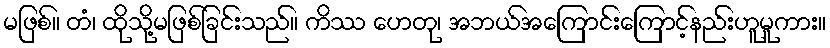
မဖြစ်။ တံ၊ ထိုသို့မဖြစ်ခြင်းသည်။ ကိဿ ဟေတု၊ အဘယ်အကြောင်းကြောင့်နည်းဟူမူကား။